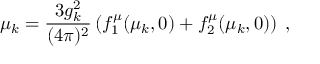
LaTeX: \mu _ { k } = \frac { 3 g _ { k } ^ { 2 } } { ( 4 \pi ) ^ { 2 } } \left( f _ { 1 } ^ { \mu } ( \mu _ { k } , 0 ) + f _ { 2 } ^ { \mu } ( \mu _ { k } , 0 ) \right) \: ,